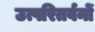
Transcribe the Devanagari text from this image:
उत्परितर्वनों